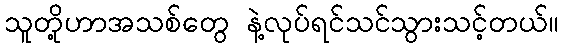
သူတို့ဟာအသစ်တွေ နဲ့လုပ်ရင်သင်သွားသင့်တယ်။